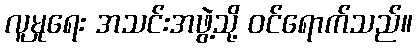
လူမှုရေး အသင်းအဖွဲ့သို့ ဝင်ရောက်သည်။